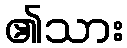
၏သား